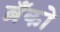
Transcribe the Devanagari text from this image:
ब्रँको